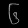
Digit: ၆